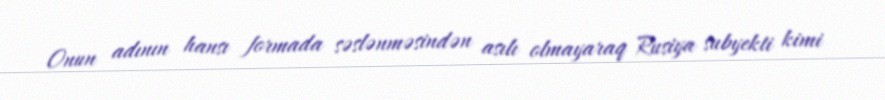
Onun adının hansı formada səslənməsindən asılı olmayaraq Rusiya subyekti kimi